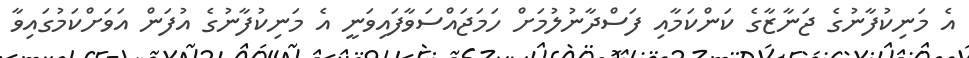
އެ މަނިކުފާނުގެ ޖަނާޒާގެ ކަންކަމާއި ފަސްދާނުލުމަށް ހަމަޖައްސަވާފައިވަނީ އެ މަނިކުފާނުގެ އުފަން އަވަށްކަމުގައިވާ